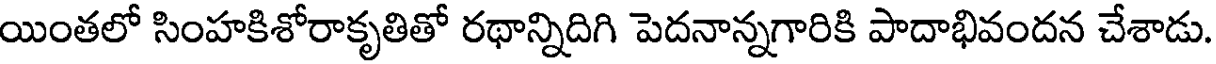
యింతలో సింహకిశోరాకృతితో రథాన్నిదిగి పెదనాన్నగారికి పాదాభివందన చేశాడు